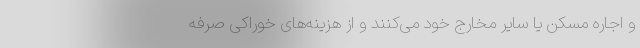
و اجاره مسکن یا سایر مخارج خود می‌کنند و از هزینه‌های خوراکی صرفه